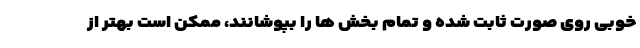
خوبی روی صورت ثابت شده و تمام بخش ها را بپوشانند، ممکن است بهتر از